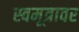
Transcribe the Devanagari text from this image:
स्वमूत्रावर